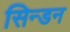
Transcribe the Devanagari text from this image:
सिन्डन